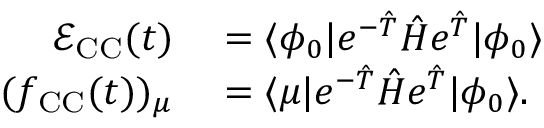
\begin{array} { r l } { \mathcal { E } _ { \mathrm { C C } } ( t ) } & { { } = \langle \phi _ { 0 } \vert e ^ { - \hat { T } } \hat { H } e ^ { \hat { T } } \vert \phi _ { 0 } \rangle } \\ { ( f _ { \mathrm { C C } } ( t ) ) _ { \mu } } & { { } = \langle \mu \vert e ^ { - \hat { T } } \hat { H } e ^ { \hat { T } } \vert \phi _ { 0 } \rangle . } \end{array}